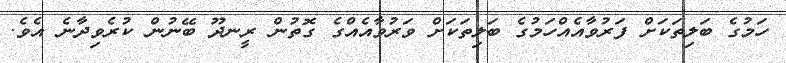
ހަމުގެ ބަލިތަކަށް ފަރުވާއެއްހަމުގެ ބަލިތަކަށް ވަރުވާއެއްގެ ގޮތުން ރީނދޫ ބޭނުން ކުރެވިދާނެ އެވެ.